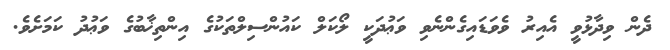
ދެން ވިދާޅުވީ އެއިރު ވެވަޑައިގެންނެވި ވަޢުދަކީ ލޯކަލް ކައުންސިލްތަކުގެ އިންތިޚާބުގެ ވަޢުދު ކަމަށެވެ.